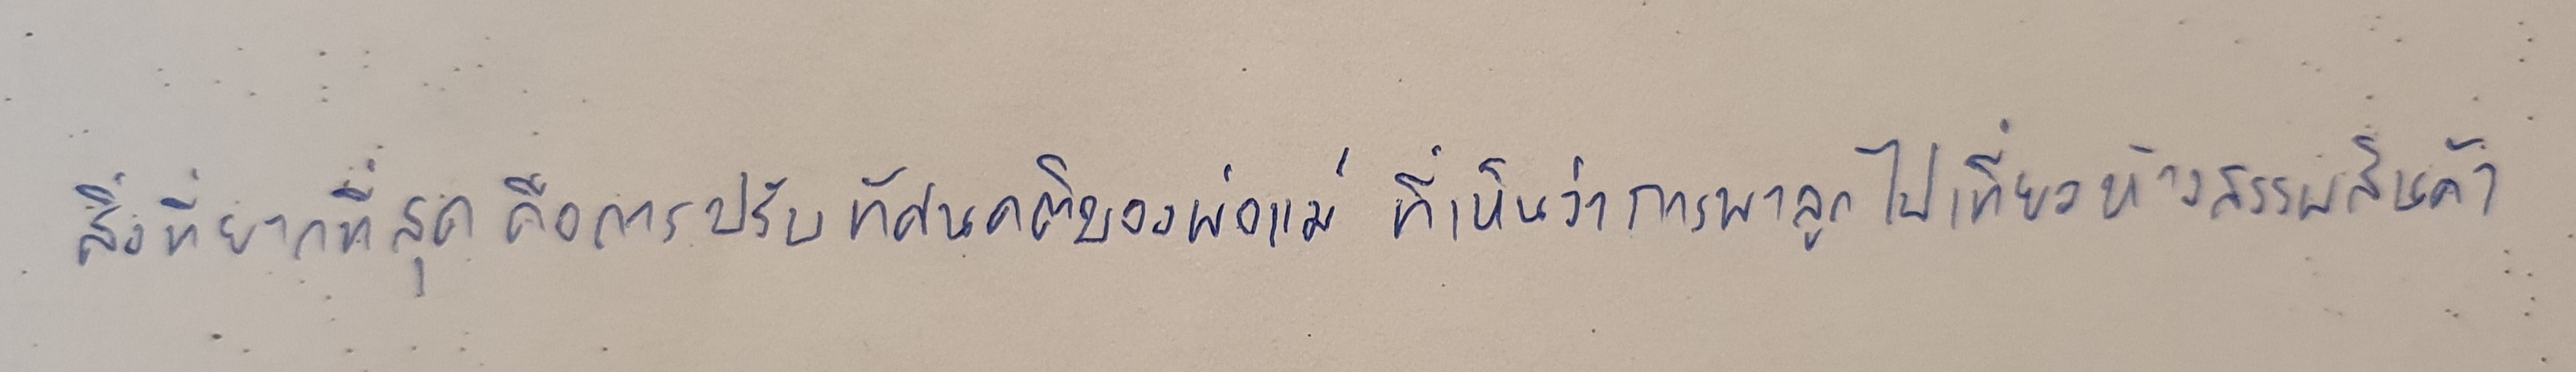
สิ่งที่ยากที่สุดคือการปรับทัศนคติของพ่อแม่ที่เห็นว่าการพาลูกไปเที่ยวห้างสรรพสินค้า